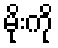
မိုးကို